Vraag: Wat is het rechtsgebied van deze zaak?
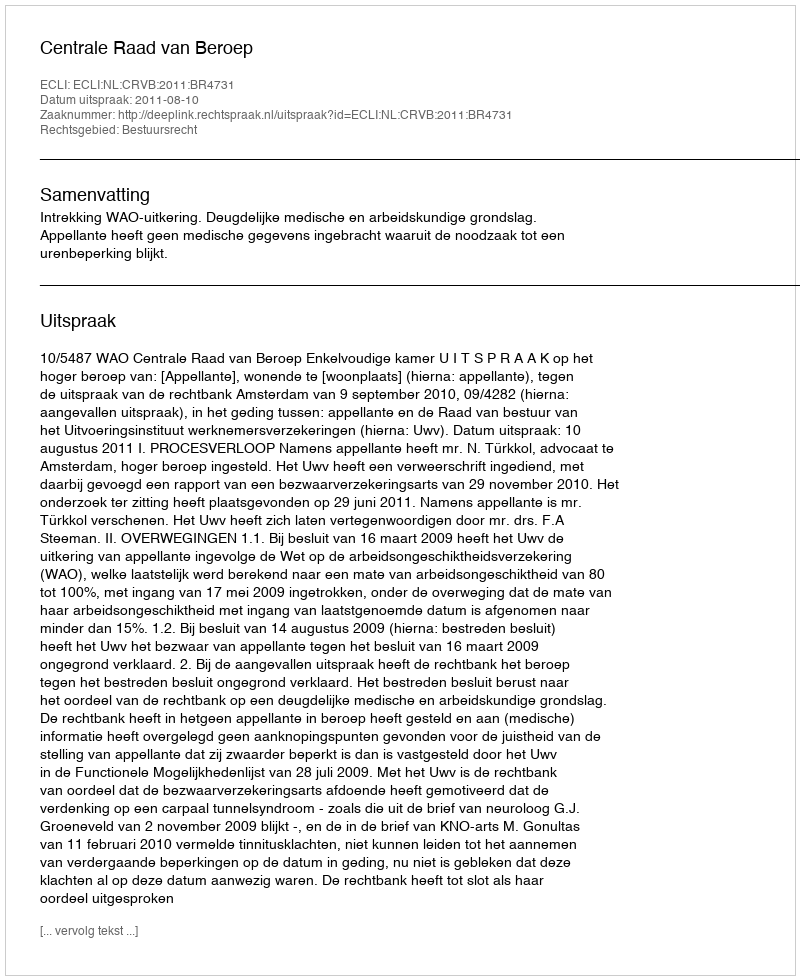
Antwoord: Bestuursrecht